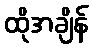
ထိုအချိန်